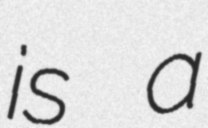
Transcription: is a